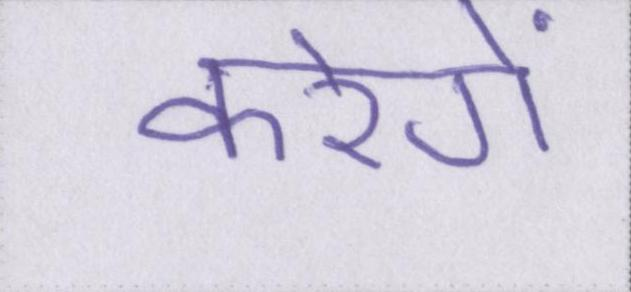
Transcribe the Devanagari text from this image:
करेगें